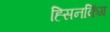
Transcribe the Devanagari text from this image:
ह्सिनकिंग